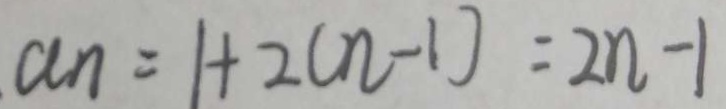
a _ { n } = 1 + 2 ( n - 1 ) = 2 n - 1